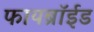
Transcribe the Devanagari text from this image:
फायब्रॉईड